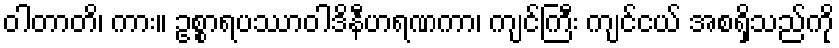
ဝါတာတိ၊ ကား။ ဥစ္စာရပဿာဝါဒိနီဟရဏကာ၊ ကျင်ကြီး ကျင်ငယ် အစရှိသည်ကို